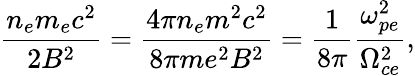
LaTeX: \frac{n_{e}m_{e}c^{2}}{2B^{2}}=\frac{4\pi n_{e}m^{2}c^{2}}{8\pi me^{2}B^{2}}=\frac{1}{8\pi}\frac{\omega_{pe}^{2}}{\Omega_{ce}^{2}},